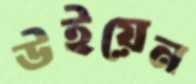
উইয়েন